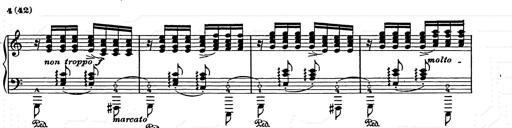
Title: Ave Maria
Composer: Joseph Ascher
Key: D-flat major